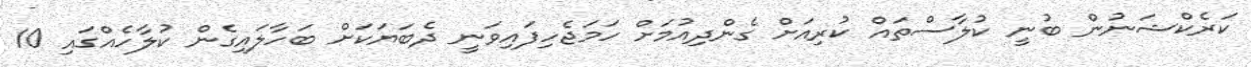
ކަރެކްޝަނުން ބުނީ ކުލާސްތައް ކުރިއަށް ގެންދިއުމަށް ހަމަޖެހިފައިވަނީ ދެބަޔަކަށް ބަހާލައިގެން ކުލާހެއްގައި 10